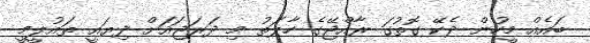
ބައެއް މީހުން ދެކޭ ގޮތުގަ ރާއްޖޭގެ ހާލަތު މި ދަރަޖައަށް ދިޔައީ ތައުލީމީ